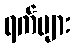
ရက်များ